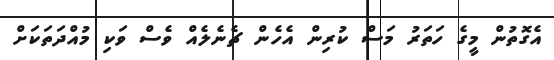
އެގޮތުން މީގެ ހަތަރު މަސް ކުރިން އެހެން ޗެނެލެއް ވެސް ވަކި މުއްދަތަކަށް